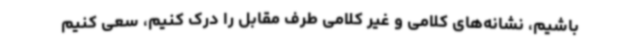
باشیم، نشانه‌های کلامی و غیر کلامی طرف مقابل را درک کنیم، سعی کنیم